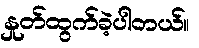
နှုတ်ထွက်ခဲ့ပါတယ်။